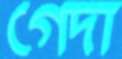
গেদা